Report of the Indian Hemp Drugs Commission, 1894-1895 - Volume IV
Year: 1894
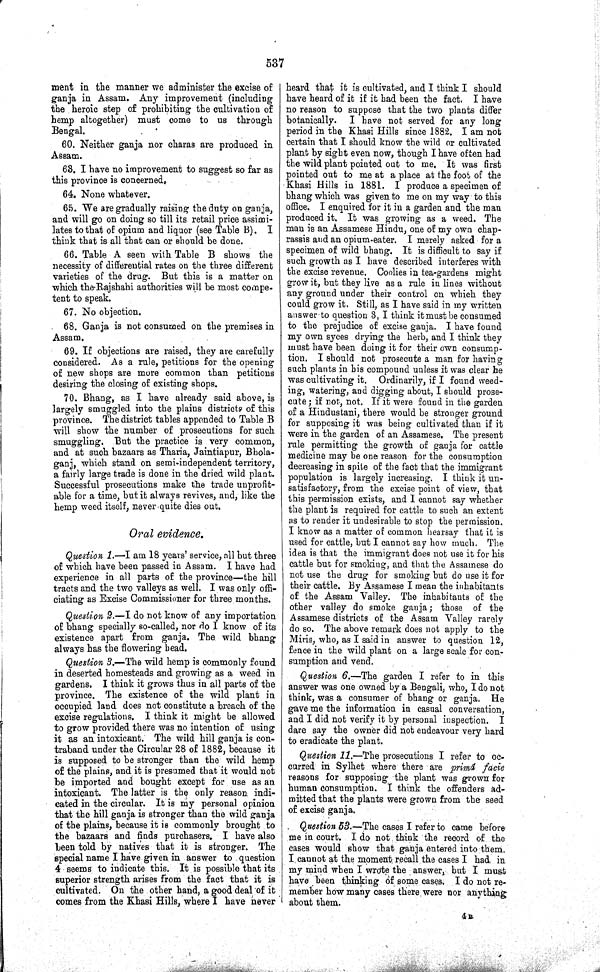
537
ment in the manner we administer the excise of
ganja in Assam. Any improvement (including
the heroic step of prohibiting the cultivation of
hemp altogether) must come to us through
Bengal.
60. Neither ganja nor charas are produced in
Assam.
63. I have no improvement to suggest so far as
this province is concerned.
64. None whatever.
65. We are gradually raising the duty on ganja,
and will go on doing so till its retail price assimi-
lates to that of opium and liquor (see Table B). I
think that is all that can or should be done.
66. Table A seen with Table B shows the
necessity of differential rates on the three different
varieties of the drug. But this is a matter on
which the Rajshahi authorities will be most compe-
tent to speak.
67. No objection.
68. Ganja is not consumed on the premises in
Assam.
69. If objections are raised, they are carefully
considered. As a rule, petitions for the opening
of new shops are more common than petitions
desiring the closing of existing shops.
70. Bhang, as I have already said above, is
largely smuggled into the plains districts of this
province. The district tables appended to Table B
will show the number of prosecutions for such
smuggling. But the practice is very common,
and at such bazaars as Tharia, Jaintiapur, Bhola-
ganj, which stand on semi-independent territory,
a fairly large trade is done in the dried wild plant.
Successful prosecutions make the trade unprofit-
able for a time, but it always revives, and, like the
hemp weed itself, never quite dies out.
Oral evidence.
Question 1. —I am 18 years' service, all but three
of which have been passed in Assam. I have had
experience in all parts of the province—the hill
tracts and the two valleys as well. I was only offi-
ciating as Excise Commissioner for three months.
Question 2.—I do not know of any importation
of bhang specially so-called, nor do I know of its
existence apart from ganja. The wild bhang
always has the flowering head.
Question 3.—The wild hemp is commonly found
in deserted homesteads and growing as a weed in
gardens. I think it grows thus in all parts of the
province. The existence of the wild plant in
occupied land does not constitute a breach of the
excise regulations. I think it might be allowed
to grow provided there was no intention of using
it as an intoxicant. The wild hill ganja is con-
traband under the Circular 28 of 1882, because it
is supposed to be stronger than the wild hemp
of the plains, and it is presumed that it would not
be imported and bought except for use as an
intoxicant. The latter is the only reason indi-
cated in the circular. It is my personal opinion
that the hill ganja is stronger than the wild ganja
of the plains, because it is commonly brought to
the bazaars and finds purchasers. I have also
been told by natives that it is stronger. The
special name I have given in answer to question
4 seems to indicate this. It is possible that its
superior strength arises from the fact that it is
cultivated. On the other hand, a good deal of it
comes from the Khasi Hills, where I have never
heard that it is cultivated, and I think I should
have heard of it if it had been the fact. I have
no reason to suppose that the two plants differ
botanically. I have not served for any long
period in the Khasi Hills since 1882. I am not
certain that I should know the wild or cultivated
plant by sight even now, though I have often had
the wild plant pointed out to me. It was first
pointed out to me at a place at the foot of the
Khasi Hills in 1881. I produce a specimen of
bhang which was given to me on my way to this
office. I enquired for it in a garden and the man
produced it. It was growing as a weed. The
man is an Assamese Hindu, one of my own chap-
rassis and an opium-eater. I merely asked for a
specimen of wild bhang. It is difficult to say if
such growth as I have described interferes with
the excise revenue. Coolies in tea-gardens might
grow it, but they live as a rule in lines without
any ground under their control on which they
could grow it. Still, as I have said in my written
answer to question 3, I think it must be consumed
to the prejudice of excise ganja. I have found
my own syces drying the herb, and I think they
must have been doing it for their own consump-
tion. I should not prosecute a man for having
such plants in his compound unless it was clear he
was cultivating it. Ordinarily, if I found weed-
ing, watering, and digging about, I should prose-
cute; if not, not. If it were found in the garden
of a Hindustani, there would be stronger ground
for supposing it was being cultivated than if it
were in the garden of an Assamese. The present
rule permitting the growth of ganja for cattle
medicine may be one reason for the consumption
decreasing in spite of the fact that the immigrant
population is largely increasing. I think it un-
satisfactory, from the excise point of view, that
this permission exists, and I cannot say whether
the plant is required for cattle to such an extent
as to render it undesirable to stop the permission.
I know as a matter of common hearsay that it is
used for cattle, but I cannot say how much. The
idea is that the immigrant does not use it for his
cattle but for smoking, and that the Assamese do
not use the drug for smoking but do use it for
their cattle. By Assamese I mean the inhabitants
of the Assam Valley. The inhabitants of the
other valley do smoke ganja; those of the
Assamese districts of the Assam Valley rarely
do so. The above remark does not apply to the
Miris, who, as I said in answer to question 12,
fence in the wild plant on a large scale for con-
sumption and vend.
Question 6.—The garden I refer to in this
answer was one owned by a Bengali, who, I do not
think, was a consumer of bhang or ganja. He
gave me the information in casual conversation,
and I did not verify it by personal inspection. I
dare say the owner did not endeavour very hard
to eradicate the plant.
Question 11.—The prosecutions I refer to oc-
curred in Sylhet where there are primâ facie
reasons for supposing the plant was grown for
human consumption. I think the offenders ad-
mitted that the plants were grown from the seed
of excise ganja.
Question 53.—The cases I refer to came before
me in court. I do not think the record of the
cases would show that ganja entered into them.
I cannot at the moment recall the cases I had in
my mind when I wrote the answer, but I must
have been thinking of some cases. I do not re-
member how many cases there were nor anything
about them.
4 B